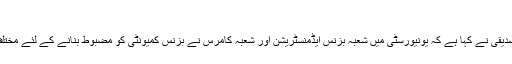
(خبر جاری ہے)
یونیورسٹی کے وائس چانسلر ‘ پروفیسر ڈاکٹر شاہد صدیقی نے کہا ہے کہ یونیورسٹی میں شعبہ بزنس ایڈمنسٹریشن اور شعبہ کامرس نے بزنس کمیونٹی کو مضبوط بنانے کے لئے مختلف سطح کے تعلیمی پروگرامز متعارف کرادئیے ہیں۔